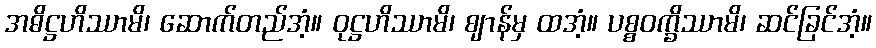
အဓိဋ္ဌဟိဿာမိ၊ ဆောက်တည်အံ့။ ဝုဋ္ဌဟိဿာမိ၊ ဈာန်မှ ထအံ့။ ပစ္စဝက္ခိဿာမိ၊ ဆင်ခြင်အံ့။